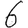
Digit: 6